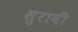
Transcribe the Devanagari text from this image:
सुरावी